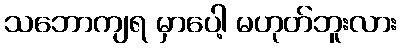
သဘောကျရ မှာပေါ့ မဟုတ်ဘူးလား